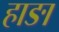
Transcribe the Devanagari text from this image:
हाङा